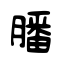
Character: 膰